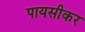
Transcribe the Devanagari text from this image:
पायसीकर